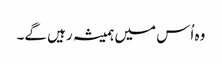
وہ اُس میں ہمیشہ رہیں گے۔